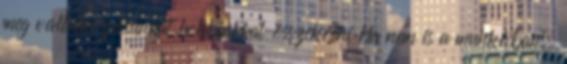
meg vállalkozásunkat hobbinkkal összekötni Ha nem is a munkában,